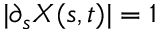
\vert \partial _ { s } { \ensuremath \boldsymbol { X } } ( s , t ) \vert = 1